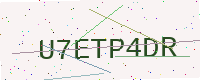
Text: U7ETP4DR